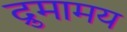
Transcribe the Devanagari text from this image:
द्रुमामय